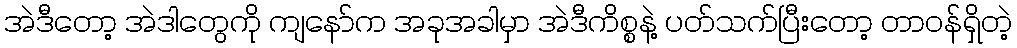
အဲဒီတော့ အဲဒါတွေကို ကျနော်က အခုအခါမှာ အဲဒီကိစ္စနဲ့ ပတ်သက်ပြီးတော့ တာဝန်ရှိတဲ့